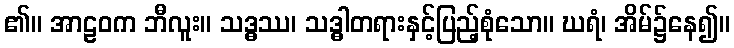
၏။ အာဠဝက ဘီလူး။ သဒ္ဓဿ၊ သဒ္ဓါတရားနှင့်ပြည့်စုံသော။ ဃရံ၊ အိမ်၌နေ၍။